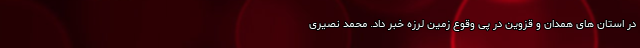
در استان های همدان و قزوین در پی وقوع زمین لرزه خبر داد. محمد نصیری